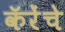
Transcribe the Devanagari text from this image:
कॅरेंचे